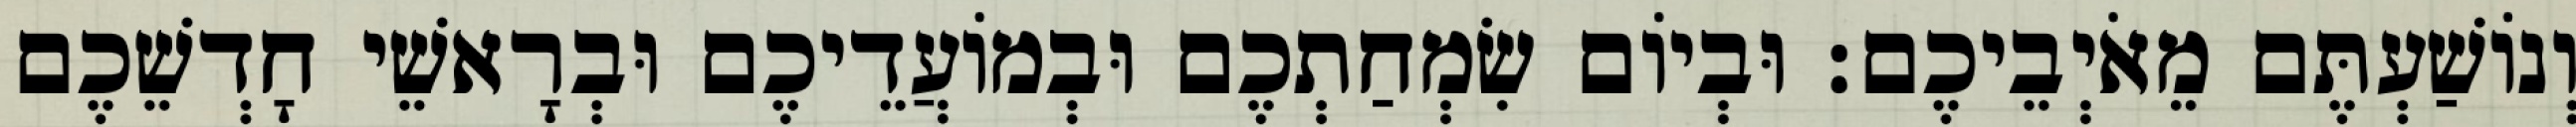
וְנוֹשַׁעְתֶּם מֵאֹיְבֵיכֶם׃ וּבְיוֹם שִׂמְחַתְכֶם וּבְמוֹעֲדֵיכֶם וּבְרָאשֵׁי חָדְשֵׁכֶם